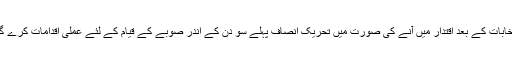
انتخابات کے بعد اقتدار میں آنے کی صورت میں تحریک انصاف پہلے سو دن کے اندر صوبے کے قیام کے لئے عملی اقدامات کرے گی۔